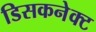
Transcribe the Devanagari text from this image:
डिसकनेक्ट